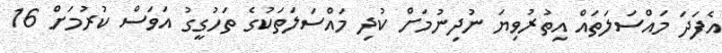
އެފަދަ މައްސަލަތައް އިތުރުވިޔަ ނުދިނުމަށް ކުދި މައްސަލަތަކުގެ ތަހުގީގު އަވަސް ކުރުމަށް 16